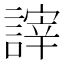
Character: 𧪹